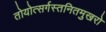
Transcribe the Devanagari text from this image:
तोयोत्सर्गस्तनितमुखरो